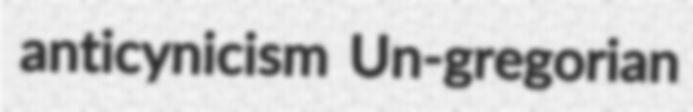
anticynicism Un-gregorian